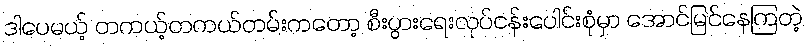
ဒါပေမယ့် တကယ့်တကယ်တမ်းကတော့ စီးပွားရေးလုပ်ငန်းပေါင်းစုံမှာ အောင်မြင်နေကြတဲ့